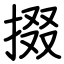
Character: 掇